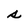
Character: s